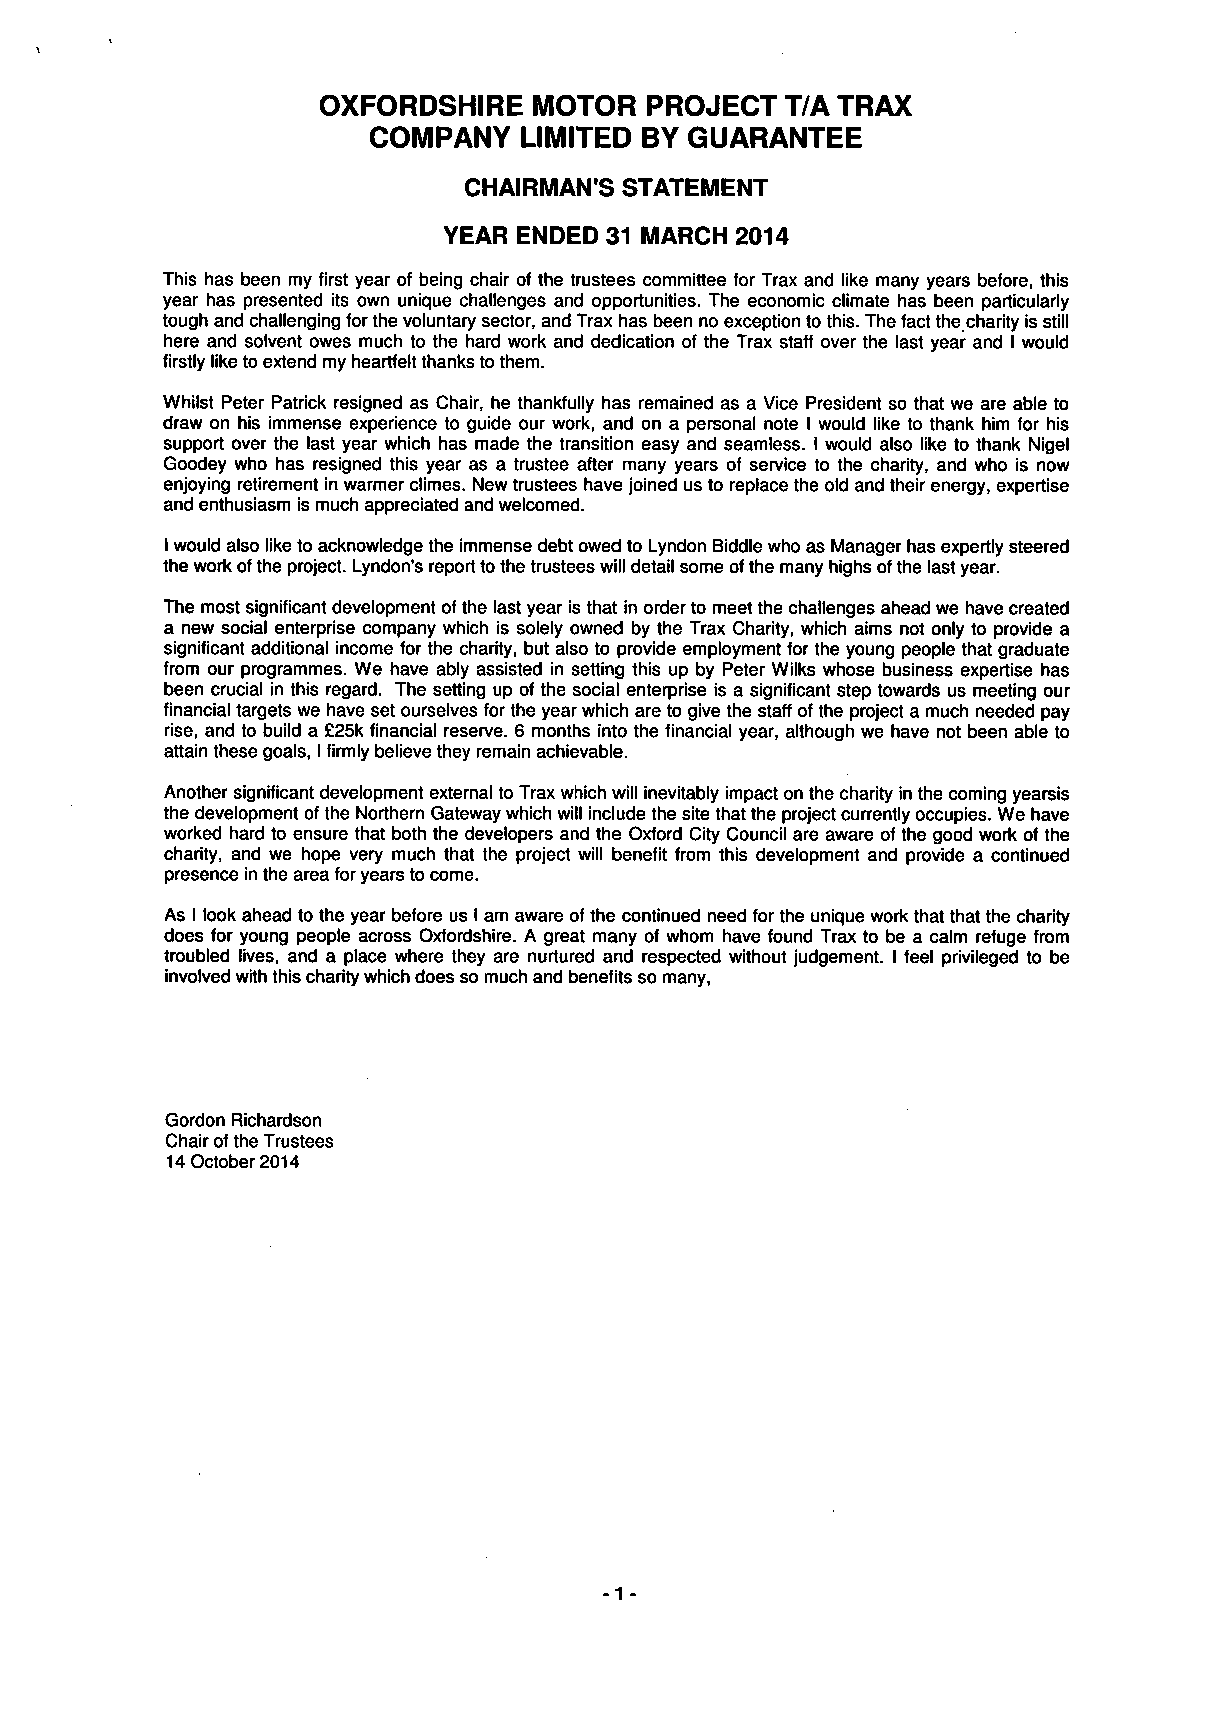
OXFORDSHIRE   MOTOR   PROJECT  T/A TRAX
 COMPANY    LIMITED BY GUARANTEE
 CHAIRMAN'S STATEMENT
 YEAR ENDED 31 MARCH 2014
 This has been my first year of being chair of the trustees committee for Trax and like many years before, this
 year has presented its own unique challenges and opportunities. The economic climate has been particularly
 tough and challenging for the voluntary sector, and Trax has been no exception to this. The fact the charity is still
 here and solvent owes much to the hard work and dedication of the Trax staff over the last year and I would
 firstly like to extend my heartfelt thanks to them.
 Whilst Peter Patrick resigned as Chair, he thankfully has remained as a Vice President so that we are able to
 draw on his immense experience to guide our work, and on a personal note I would like to thank him for his
 support over the last year which has made the transition easy and seamless. I would also like to thank Nigel
 Goodey who has resigned this year as a trustee after many years of service to the charity, and who is now
 enjoying retirement in warmer climes. New trustees have joined us to replace the old and their energy, expertise
 and enthusiasm is much appreciated and welcomed.
 I would also like to acknowledge the immense debt owed to Lyndon Biddle who as Manager has expertly steered
 the work of the project. Lyndon's report to the trustees will detail some of the many highs of the last year.
 The most significant development of the last year is that in order to meet the challenges ahead we have created
 a new social enterprise company which is solely owned by the Trax Charity, which aims not only to provide a
 significant additional income for the charity, but also to provide employment for the young people that graduate
 from our programmes. We have ably assisted in setting this up by Peter Wilks whose business expertise has
 been crucial in this regard. The setting up of the social enterprise is a significant step towards us meeting our
 financial targets we have set ourselves for the year which are to give the staff of the project a much needed pay
 rise, and to build a £25k financial reserve. 6 months into the financial year, although we have not been able to
 attain these goals, I firmly believe they remain achievable.
 Another significant development external to Trax which will inevitably impact on the charity in the coming yearsis
 the development of the Northern Gateway which will include the site that the project currently occupies. We have
 worked hard to ensure that both the developers and the Oxford City Council are aware of the good work of the
 charity, and we hope very much that the project will benefit from this development and provide a continued
 presence in the area for years to come.
 As I look ahead to the year before us I am aware of the continued need for the unique work that that the charity
 does for young people across Oxfordshire. A great many of whom have found Trax to be a calm refuge from
 troubled lives, and a place where they are nurtured and respected without judgement. I feel privileged to be
 involved with this charity which does so much and benefits so many,
 Gordon Richardson
 Chair of the Trustees
 14 October 2014
 -1 -